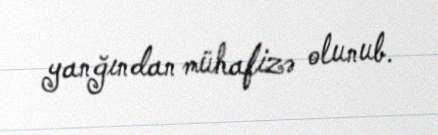
yanğından mühafizə olunub.